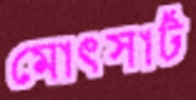
মোৎসার্ট